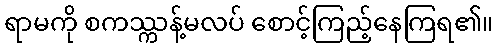
ရာမကို စကဿ္ကန့်မလပ် စောင့်ကြည့်နေကြရ၏။